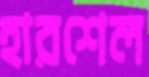
হারশেল